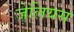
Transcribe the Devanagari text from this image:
जेलियस